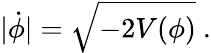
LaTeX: |\dot{\phi}|=\sqrt{-2V(\phi)}\ .